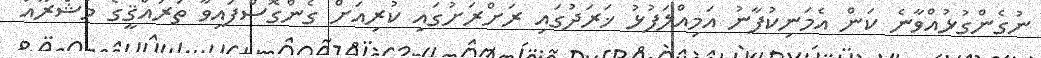
ނުގެންގުޅުއްވާނެ ކަން އެމަނިކުފާނު އަމިއްލަފުޅު ޚަރަދުގައި ރަށްރަށުގައި ކުރިއަށް ގެންގޮސްފައިވާ ތަރައްޤީގެ މަޝްރޫއު